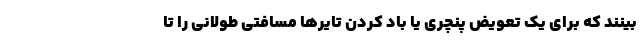
بینند که برای یک تعویض پنچری یا باد کردن تایرها مسافتی طولانی را تا